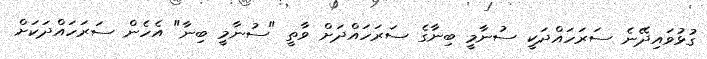
ގުޅުވައިދޭނެ ސަރަހައްދަކީ ސުނާމީ ބިނާގެ ސަރަހައްދަށް ވާތީ "ސުނާމީ ބިނާ" އެހެން ސަރަހައްދަކަށް